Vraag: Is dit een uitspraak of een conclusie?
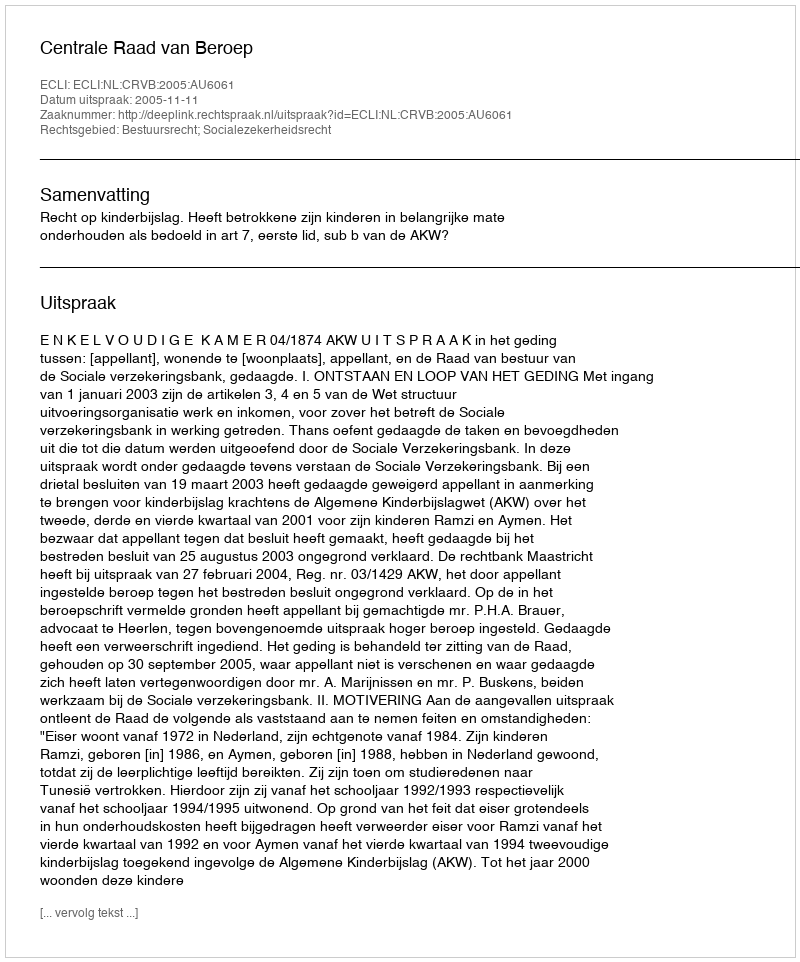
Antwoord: Uitspraak